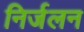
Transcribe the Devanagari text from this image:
निर्जलन